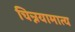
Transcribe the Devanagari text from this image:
चिन्नयामात्य